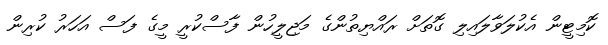
ކޮމިޓީން އެކުލަވާލައިލި ގޮތަށް ރައްޔިތުންގެ މަޖިލީހުން ފާސްކުރީ މީގެ ފަސް އަހަރު ކުރިން